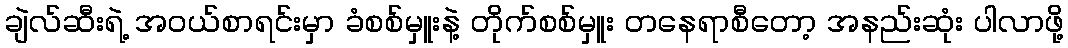
ချဲလ်ဆီးရဲ့ အဝယ်စာရင်းမှာ ခံစစ်မှူးနဲ့ တိုက်စစ်မှူး တနေရာစီတော့ အနည်းဆုံး ပါလာဖို့